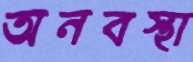
অনবস্থা